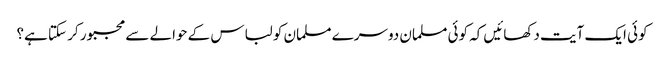
کوئی ایک آیت دکھائیں کہ کوئی مسلمان دوسرے مسلمان کو لباس کے حوالے سے مجبور کر سکتا ہے؟